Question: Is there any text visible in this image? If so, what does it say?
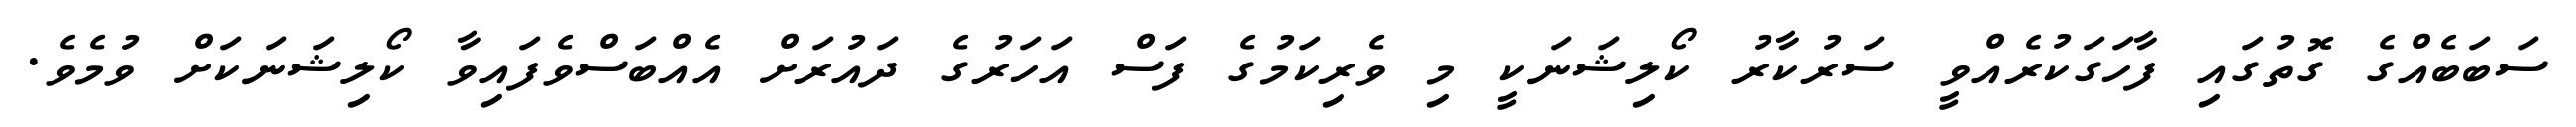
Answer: ސަބަބެއްގެ ގޮތުގައި ފާހަގަކުރެއްވީ ސަރުކާރު ކޯލިޝަނަކީ މި ވެރިކަމުގެ ފަސް އަހަރުގެ ދައުރަށް އެއްބަސްވެފައިވާ ކޯލިޝަނަކަށް ވުމެވެ.